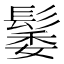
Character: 䰀